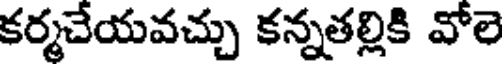
కర్మచేయవచ్చు కన్నతల్లికి వోలె